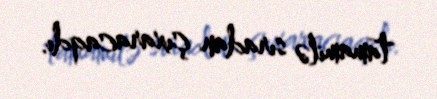
tamamilə sıradan çıxaracaqdı.